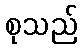
စုသည်